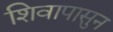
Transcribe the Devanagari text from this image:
शिवापासुन